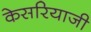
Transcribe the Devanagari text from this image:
केसरियाजी